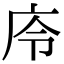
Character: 㡵